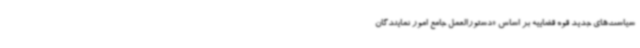
سیاست‌های جدید قوه قضاییه بر اساس «دستورالعمل جامع امور نمایندگان